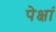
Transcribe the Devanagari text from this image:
पेक्षां